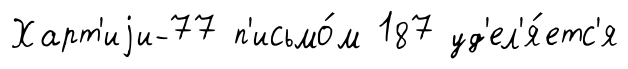
Харт'иjи-77 п'исьмо́м 187 уд'ел'я́етс'я